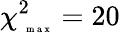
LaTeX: \chi_{\mathrm{~\tiny~m~a~x~}}^{2}=20